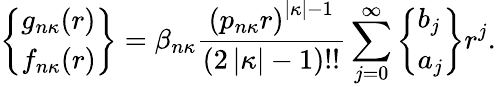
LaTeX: \left\{ \begin{array}{l}{g_{n\kappa}(r)}\\ {f_{n\kappa}(r)}\end{array}\right\} =\beta_{n\kappa}\frac{\left(p_{n\kappa}r\right)^{\left|\kappa\right|-1}}{(2\left|\kappa\right|-1)!!}\sum_{j=0}^{\infty}\left\{ \begin{array}{l}{b_{j}}\\ {a_{j}}\end{array}\right\} r^{j}.